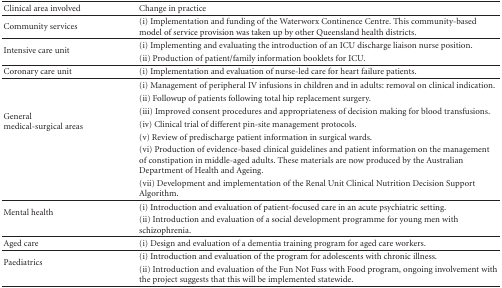
| Clinical area involved | Change in practice |
 | --- | --- |
 | Community services | (i) Implementation and funding of the Waterworx Continence Centre. This community-based model of service provision was taken up by other Queensland health districts. |
 | <ROWSPAN=2> Intensive care unit | (i) Implementing and evaluating the introduction of an ICU discharge liaison nurse position. |
 | (ii) Production of patient/family information booklets for ICU. |
 | Coronary care unit | (i) Implementation and evaluation of nurse-led care for heart failure patients. |
 | <ROWSPAN=7> General medical-surgical areas | (i) Management of peripheral IV infusions in children and in adults: removal on clinical indication. |
 | (ii) Followup of patients following total hip replacement surgery. |
 | (iii) Improved consent procedures and appropriateness of decision making for blood transfusions. |
 | (iv) Clinical trial of different pin-site management protocols. |
 | (v) Review of predischarge patient information in surgical wards. |
 | (vi) Production of evidence-based clinical guidelines and patient information on the management of constipation in middle-aged adults. These materials are now produced by the Australian Department of Health and Ageing. |
 | (vii) Development and implementation of the Renal Unit Clinical Nutrition Decision Support Algorithm. |
 | <ROWSPAN=2> Mental health | (i) Introduction and evaluation of patient-focused care in an acute psychiatric setting. |
 | (ii) Introduction and evaluation of a social development programme for young men with schizophrenia. |
 | Aged care | (i) Design and evaluation of a dementia training program for aged care workers. |
 | <ROWSPAN=2> Paediatrics | (i) Introduction and evaluation of the program for adolescents with chronic illness. |
 | (ii) Introduction and evaluation of the Fun Not Fuss with Food program, ongoing involvement with the project suggests that this will be implemented statewide. |